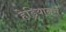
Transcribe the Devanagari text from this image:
हेड्रियानस